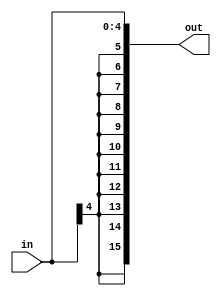
module EXT5_16(
input[4:0] in,
  output[15:0] out
);

  assign out={{(11){in[4]}},in};
endmodule